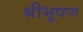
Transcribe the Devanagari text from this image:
श्रीभूषण